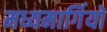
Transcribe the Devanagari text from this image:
मध्यमार्गियों